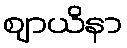
ဈာယိနာ